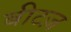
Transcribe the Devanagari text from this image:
बीटज़